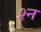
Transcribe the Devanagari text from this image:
श्‍न